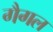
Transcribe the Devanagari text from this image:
गैगल